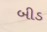
બીડ